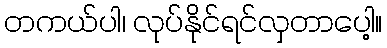
တကယ်ပါ၊ လုပ်နိုင်ရင်လှတာပေါ့။